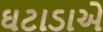
ઘટાડાએ